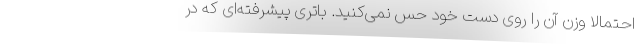
احتمالا وزن آن را روی دست خود حس نمی‌کنید. باتری پیشرفته‌ای که در